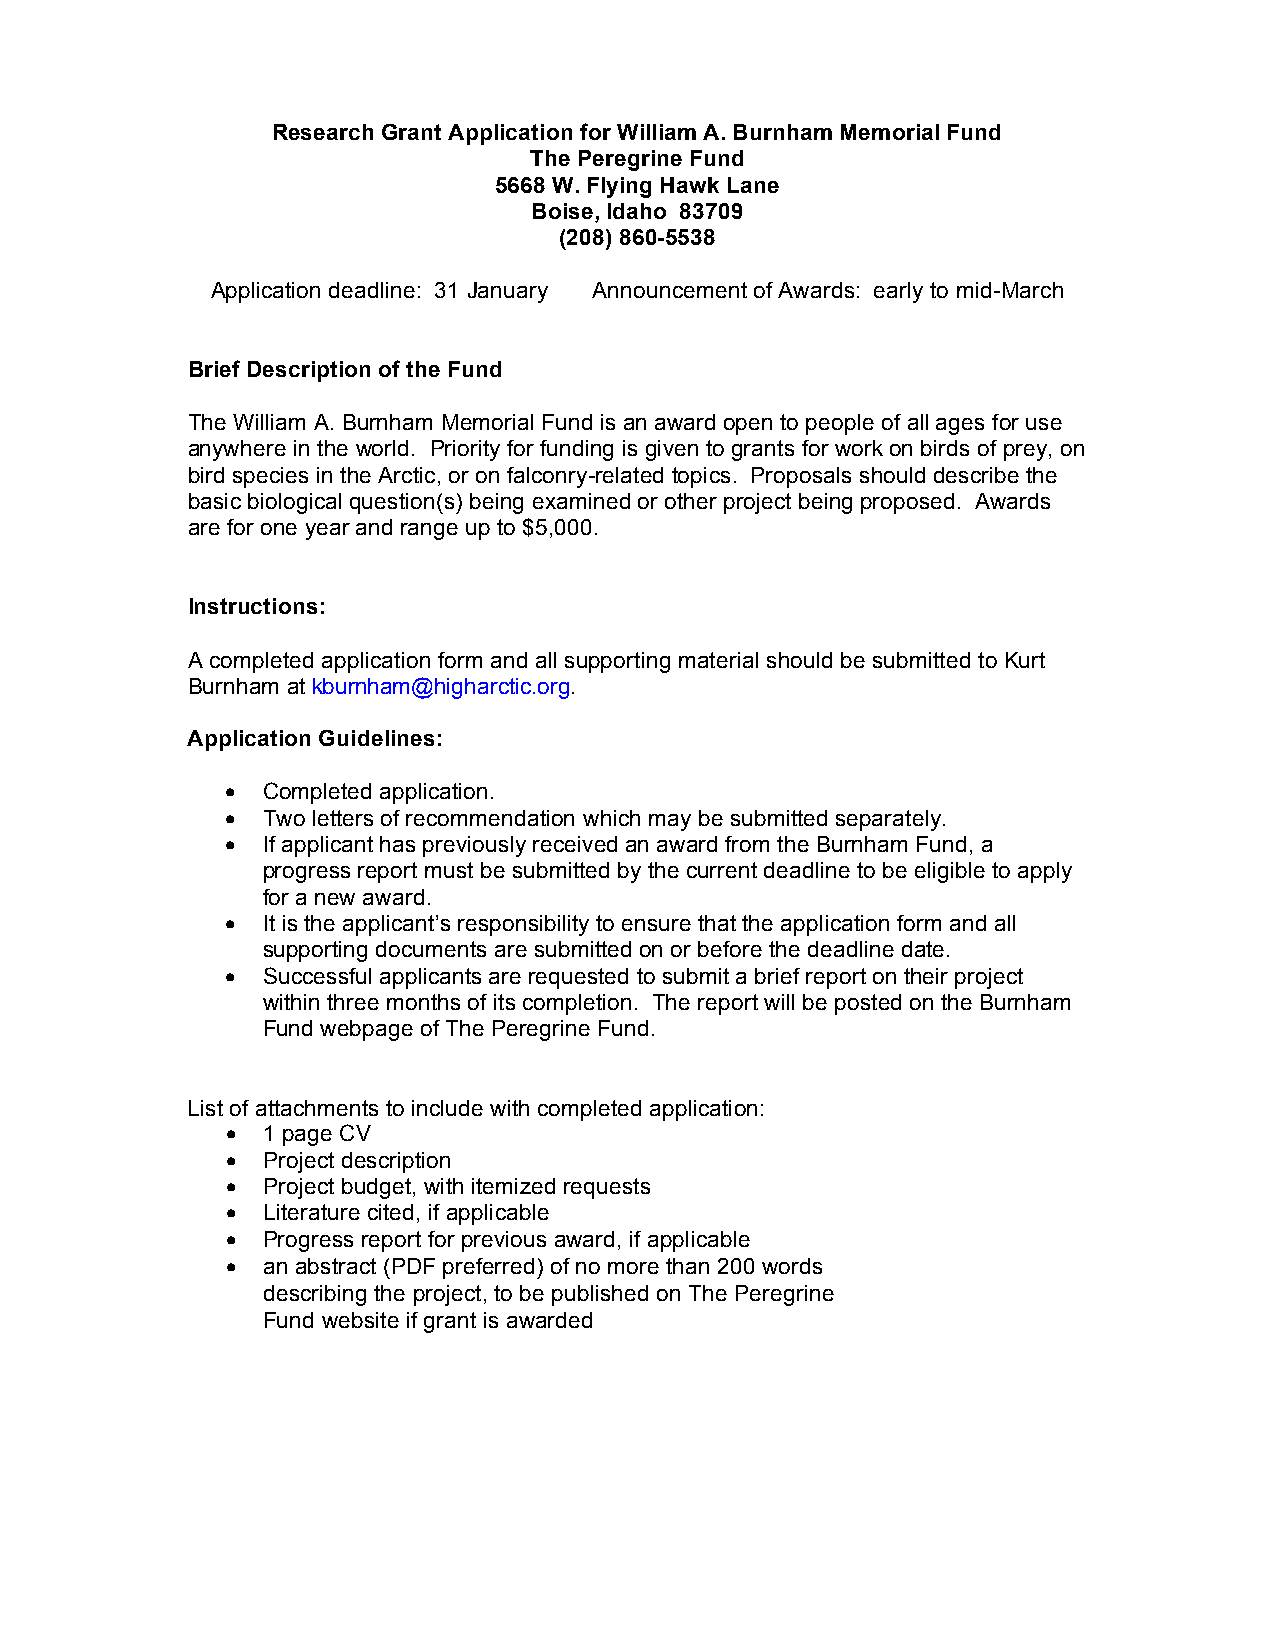
Research Grant Application for William A. Burnham Memorial Fund
 The Peregrine Fund
 5668 W. Flying Hawk Lane
 Boise, Idaho 83709
 (208) 860-5538
 Application deadline: 31 January Announcement of Awards: early to mid-March
 Brief Description of the Fund
 The William A. Burnham Memorial Fund is an award open to people of all ages for use
 anywhere in the world. Priority for funding is given to grants for work on birds of prey, on
 bird species in the Arctic, or on falconry-related topics. Proposals should describe the
 basic biological question(s) being examined or other project being proposed. Awards
 are for one year and range up to $5,000.
 Instructions:
 A completed application form and all supporting material should be submitted to Kurt
 Burnham at kburnham@higharctic.org.
 Application Guidelines:
 • Completed application.
 • Two letters of recommendation which may be submitted separately.
 • If applicant has previously received an award from the Burnham Fund, a
 progress report must be submitted by the current deadline to be eligible to apply
 for a new award.
 • It is the applicant’s responsibility to ensure that the application form and all
 supporting documents are submitted on or before the deadline date.
 • Successful applicants are requested to submit a brief report on their project
 within three months of its completion. The report will be posted on the Burnham
 Fund webpage of The Peregrine Fund.
 List of attachments to include with completed application:
 • 1 page CV
 • Project description
 • Project budget, with itemized requests
 • Literature cited, if applicable
 • Progress report for previous award, if applicable
 • an abstract (PDF preferred) of no more than 200 words
 describing the project, to be published on The Peregrine
 Fund website if grant is awarded